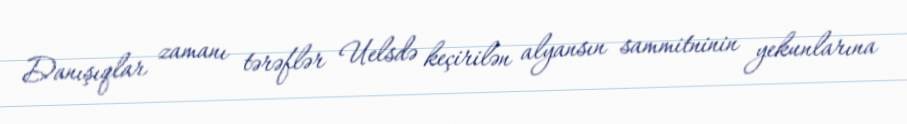
Danışıqlar zamanı tərəflər Uelsdə keçirilən alyansın sammitninin yekunlarına